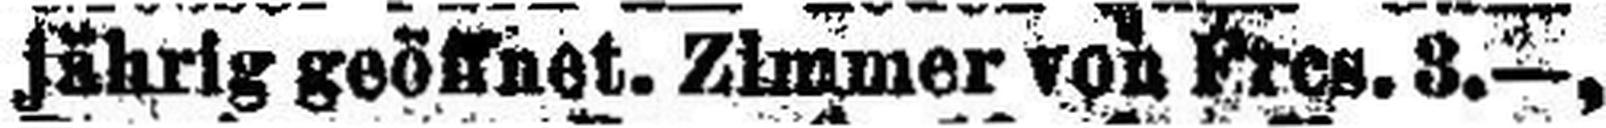
jährig geöffnet, Zimmer von Frcs. 3.—,